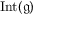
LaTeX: \operatorname { I n t } ( { \mathfrak { g } } )